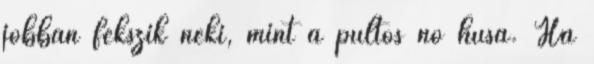
jobban fekszik neki, mint a pultos nő húsa. Ha